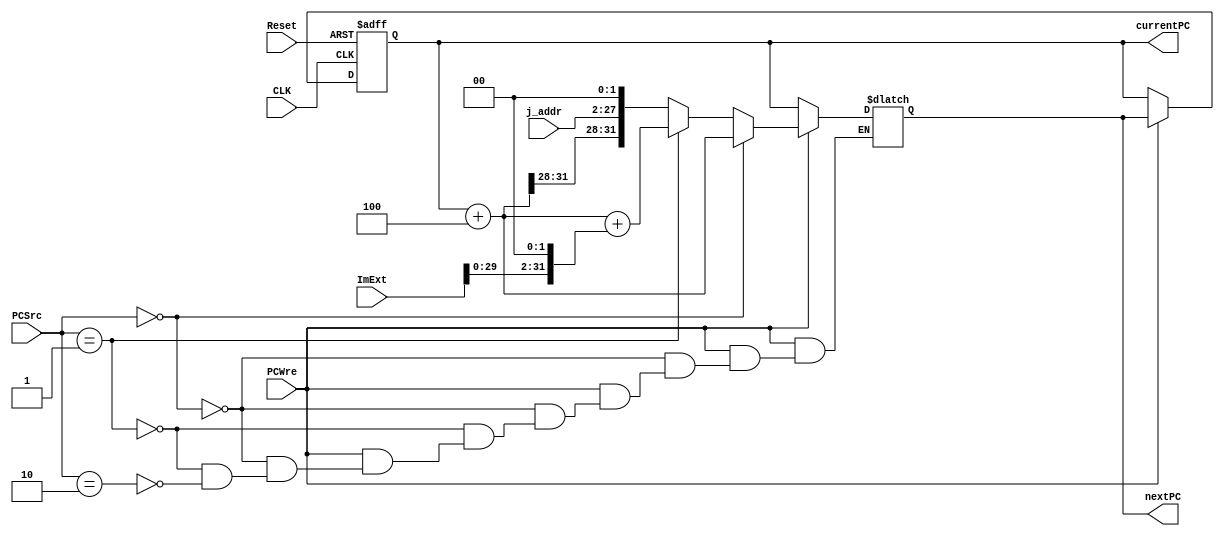
`timescale 1ns / 1ps
//////////////////////////////////////////////////////////////////////////////////
// Company: 
// Engineer: 
// 
// Design Name: 
// Module Name: PC
// Project Name: 
// Target Devices: 
// Tool Versions: 
// Description: 
// 
// Dependencies: 
// 
// Revision:
// Revision 0.01 - File Created
// Additional Comments:
// 
//////////////////////////////////////////////////////////////////////////////////


module PC(
    input PCWre,
    input [1:0] PCSrc,
    input CLK,
    input Reset,
    input [31:0] ImExt, // 
    input [25:0] j_addr,      // j 25
    output reg [31:0] currentPC,
    output reg [31:0] nextPC
    );
    always @(posedge CLK or negedge Reset) begin
        if (Reset == 0) begin
            currentPC = 0;
        end
        else if (PCWre == 1) begin
            currentPC = nextPC;
        end 
    end
    always @(PCWre or PCSrc or ImExt or j_addr) begin
        if (PCWre == 1) begin
            if (PCSrc == 2'b00) 
                nextPC = currentPC + 4;
            else if (PCSrc == 2'b01)
                nextPC = currentPC + 4 + (ImExt << 2);
            else if (PCSrc == 2'b10) begin
                nextPC = currentPC + 4;
                nextPC[27:2] = j_addr;
                nextPC[1:0] = 2'b00;
            end
        end
        else nextPC = currentPC;
    end
    
endmodule